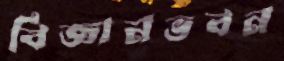
বিজ্ঞানভবন